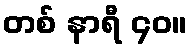
တစ် နာရီ ၄၀။